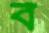
ব